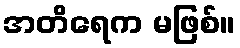
အတိရေက မဖြစ်။